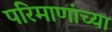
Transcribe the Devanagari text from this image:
परिमाणांच्या